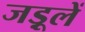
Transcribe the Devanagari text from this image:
जड़ूलें